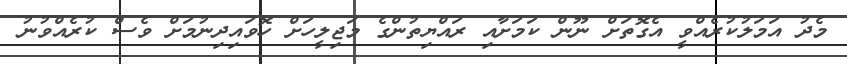
މެދު އަމަލުކުރެއްވީ އެގޮތަށް ނޫން ކަމަށާއި ރައްޔިތުންގެ މަޖިލީހަށް ހޮވައިދިނުމަށް ވެސް ކުރެއްވުނު